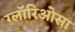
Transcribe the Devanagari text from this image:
ग्लॉरिओसा